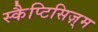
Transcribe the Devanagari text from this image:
स्कैप्टिसिज़्म